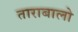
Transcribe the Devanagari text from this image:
ताराबालो